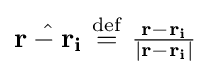
{\textstyle {\hat {\mathbf {r-r_{i}} }}\ {\stackrel {\mathrm {def} }{=}}\ {\frac {\mathbf {r-r_{i}} }{|\mathbf {r-r_{i}} |}}}